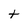
Character: t